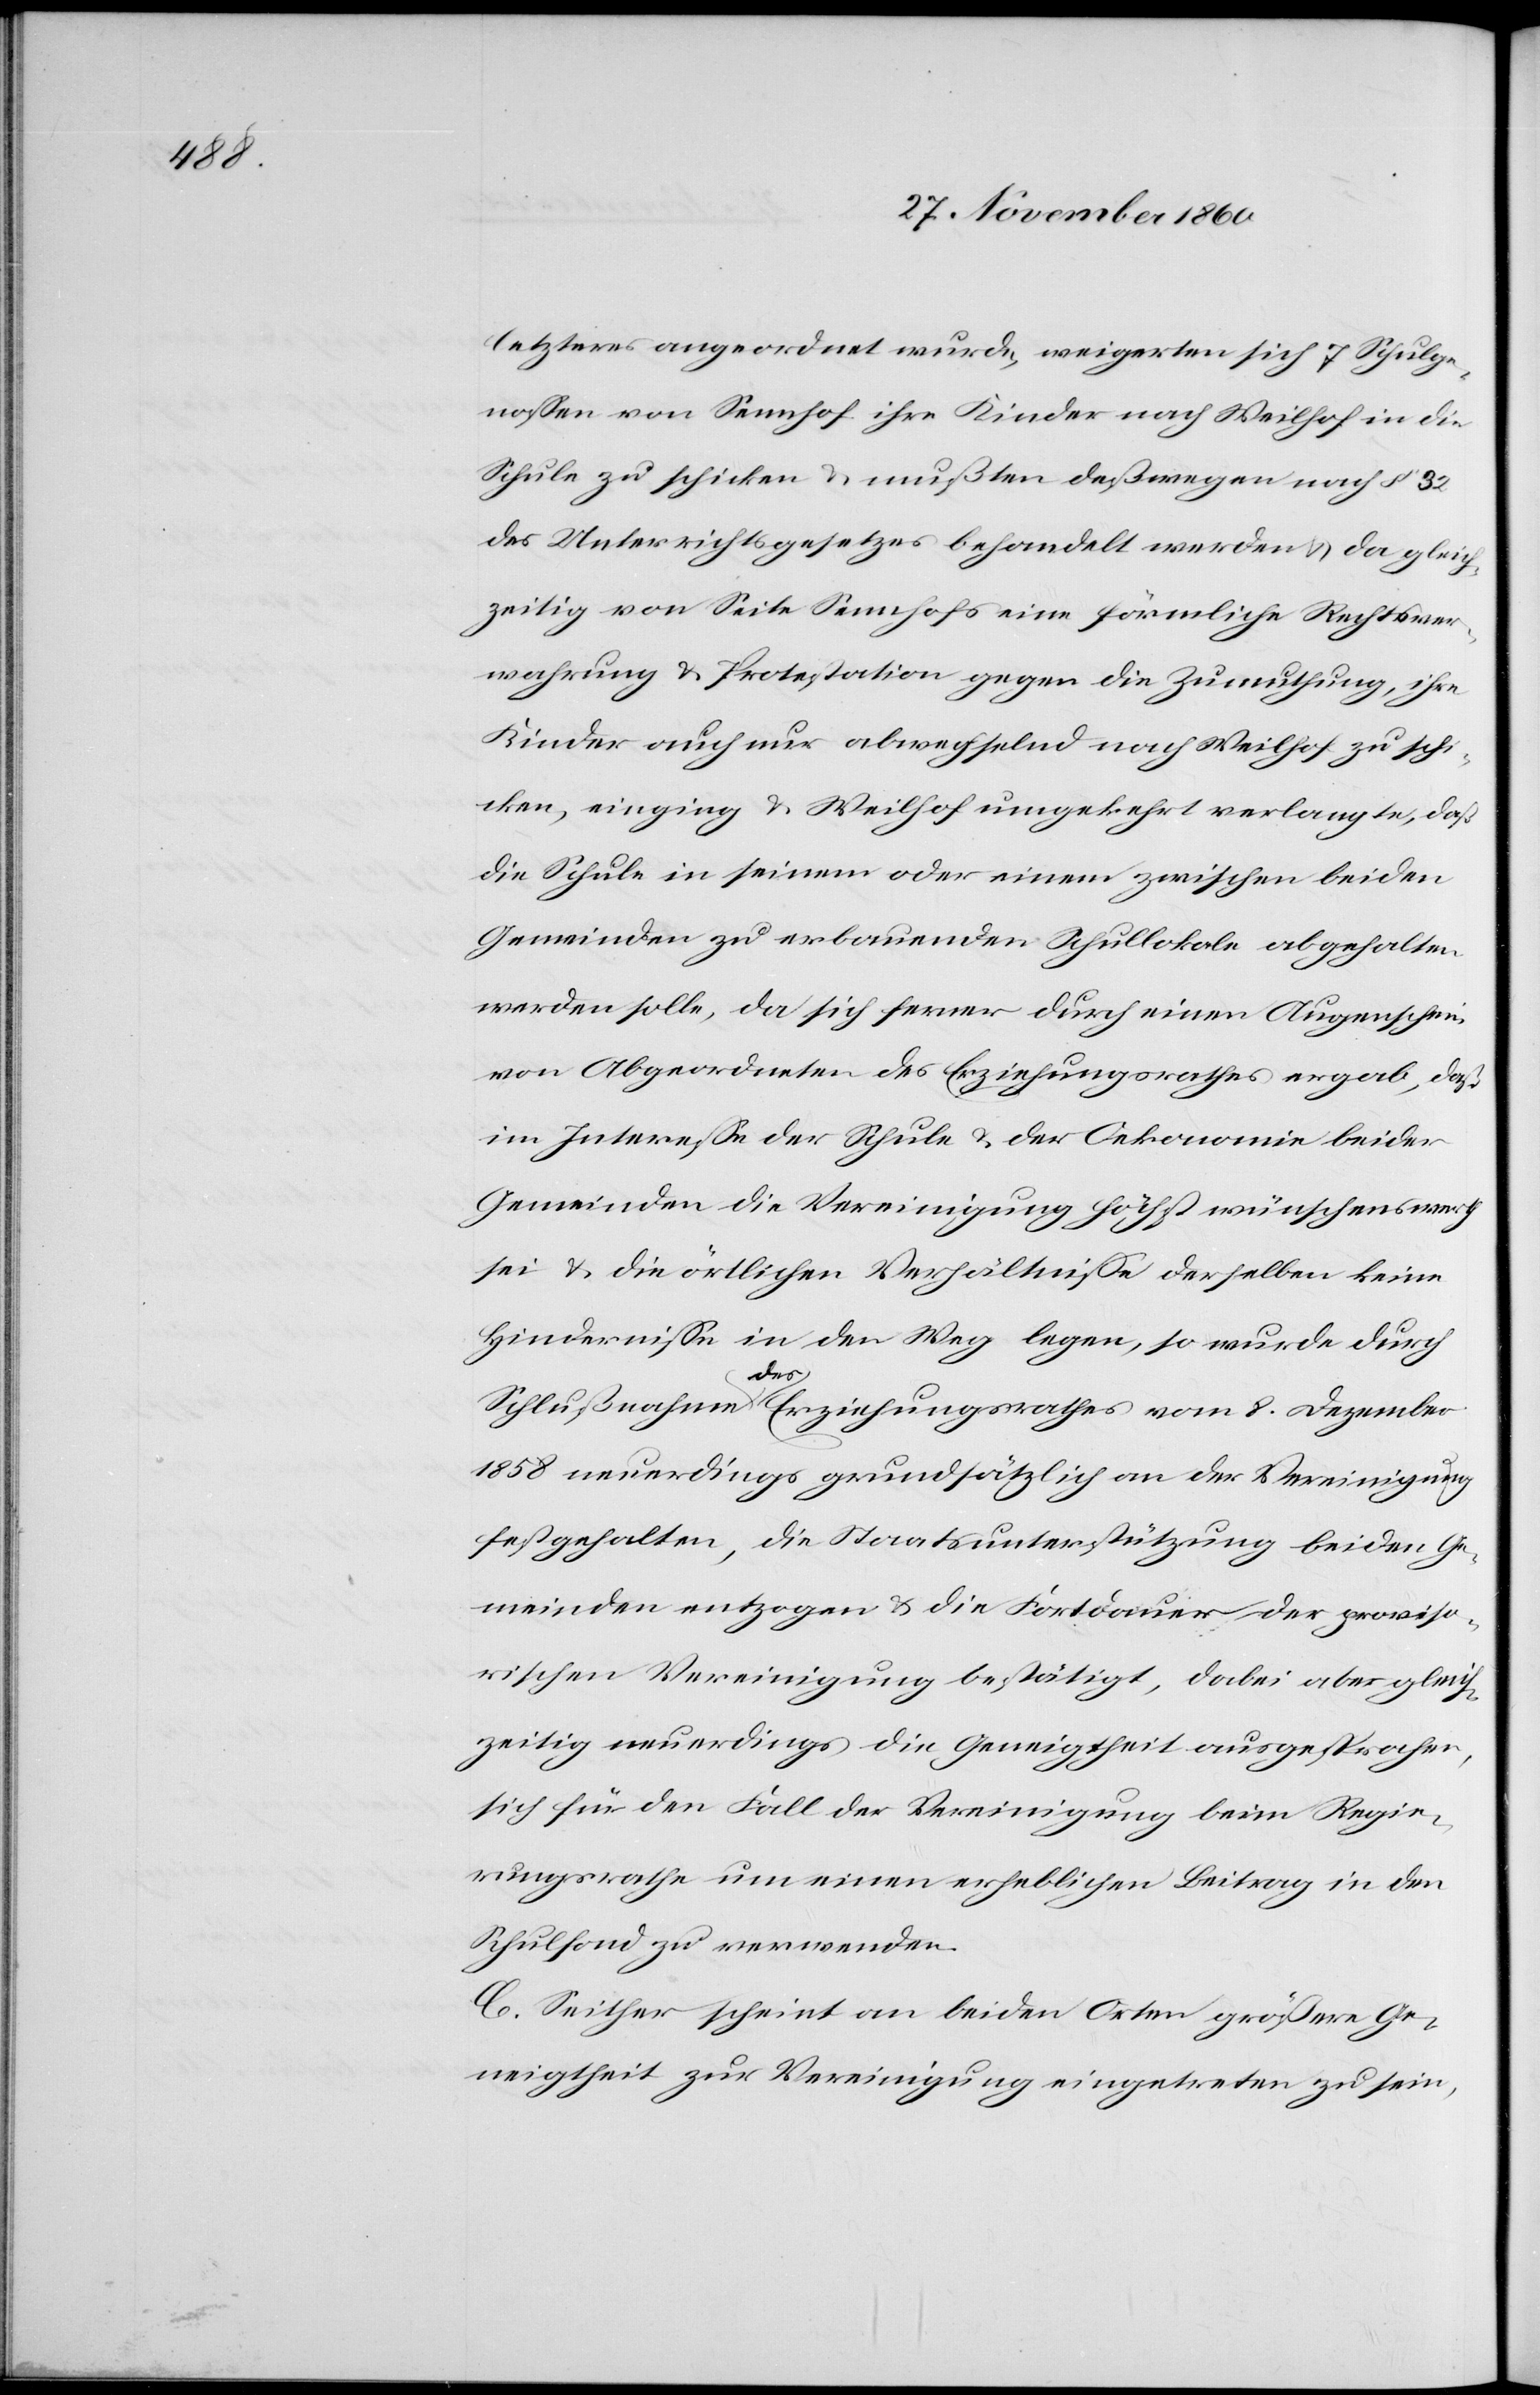
letzteres angeordnet wurde, weigerten sich 7 Schulge¬
nossen von Sennhof ihre Kinder nach Weilhof in die
Schule zu schicken u. mußten deßwegen nach § 32
des Unterrichtsgesetzes behandelt werden u. da gleich¬
zeitig von Seite Sennhofs eine förmliche Rechtsver¬
wahrung u. Protestation gegen die Zumuthung, ihre
Kinder auch nur abwechselnd nach Weilhof zu schi¬
cken, einging u. Weilhof umgekehrt verlangte, daß
die Schule in seinem oder einem zwischen beiden
Gemeinden zu erbauenden Schollokale abgehalten
werden solle, da sich ferner durch einen Augenschein
von Abgeordneten des Erziehungsrathes ergab, daß
im Interesse der Schule u. der Oekonomie beider
Gemeinden die Vereinigung höchst wünschenswerth
sei u. die örtlichen Verhältnisse derselben keine
Hindernisse in den Weg legen, so wurde durch
Schlußnahem des Erziehungsrathe vom 8. Dezember
1858 neuerdings grundsätzlich an der Vereinigung
festgehalten, die Staatsunterstützung beiden Ge¬
meinden entzogen u. die Fortdauer der proviso¬
rischen Vereinigung bestätigt, dabei aber gleich¬
zeitig neuerdings die Geneigtheit ausgesprochen,
sich für den Fall der Vereinigung beim Regie¬
rungsrathe um einen erheblichen Beitrag in den
Schulfond zu verwenden.
C. Seither scheint an beiden Orten größere Ge¬
neigtheit zur Vereinigung eingetreten zu sein,